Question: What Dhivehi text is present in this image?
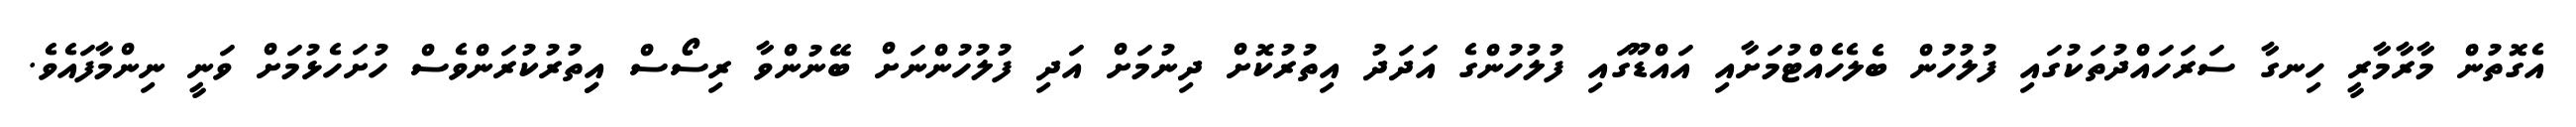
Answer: އެގޮތުން މާރާމާރީ ހިނގާ ސަރަހައްދުތަކުގައި ފުލުހުން ބެލެހެއްޓުމަށާއި އައްޑޫގައި ފުލުހުންގެ އަދަދު އިތުރުކޮށް ދިނުމަށް އަދި ފުލުހުންނަށް ބޭނުންވާ ރިސޯސް އިިތުރުކުރަންވެސް ހުށަހެޅުމަށް ވަނީ ނިންމާފައެވެ.